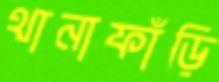
থানাফাঁড়ি